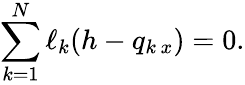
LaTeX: \sum_{k=1}^{N}\ell_{k}(h-q_{k\, x})=0.